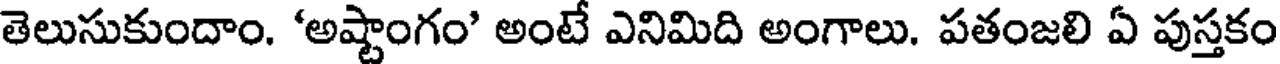
తెలుసుకుందాం. 'అష్టాంగం' అంటే ఎనిమిది అంగాలు. పతంజలి ఏ పుస్తకం